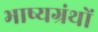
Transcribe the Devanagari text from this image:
भाष्यग्रंथों